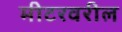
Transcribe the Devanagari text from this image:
मीटरवरील